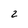
Character: 2